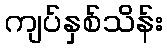
ကျပ်နှစ်သိန်း